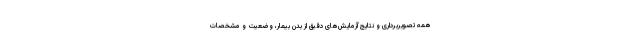
همه تصویربرداری و نتایج آزمایش‌های دقیق از بدن بیمار، وضعیت و مشخصات